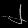
Digit: ၂